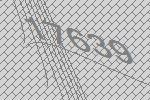
17639